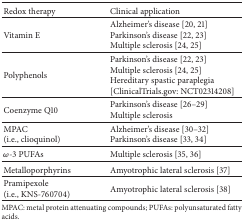
<table><thead><tr><td><b>Redox therapy</b></td><td><b>Clinical application</b></td></tr></thead><tbody><tr><td>Vitamin E</td><td>Alzheimer&#x27;s disease [20, 21] Parkinson&#x27;s disease [22, 23]Multiple sclerosis [24, 25]</td></tr><tr><td>Polyphenols</td><td>Parkinson&#x27;s disease [22, 23]Multiple sclerosis [24, 25]Hereditary spastic paraplegia [ClinicalTrials.gov: NCT02314208]</td></tr><tr><td>Coenzyme Q10</td><td>Parkinson&#x27;s disease [26–29]Multiple sclerosis</td></tr><tr><td>MPAC (i.e., clioquinol)</td><td>Alzheimer&#x27;s disease [30–32]Parkinson&#x27;s disease [33, 34]</td></tr><tr><td><i>ω</i>-3 PUFAs</td><td>Multiple sclerosis [35, 36]</td></tr><tr><td>Metalloporphyrins</td><td>Amyotrophic lateral sclerosis [37]</td></tr><tr><td>Pramipexole (i.e., KNS-760704)</td><td>Amyotrophic lateral sclerosis [38]</td></tr></tbody></table>